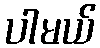
ပါမယ်